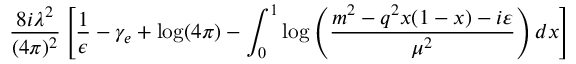
{ \frac { 8 i \lambda ^ { 2 } } { ( 4 \pi ) ^ { 2 } } } \left[ \frac { 1 } { \epsilon } - \gamma _ { e } + \log ( 4 \pi ) - \int _ { 0 } ^ { 1 } \log \left( { \frac { m ^ { 2 } - q ^ { 2 } x ( 1 - x ) - i \varepsilon } { \mu ^ { 2 } } } \right) d x \right]